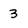
Character: 3